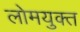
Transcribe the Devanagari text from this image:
लोमयुक्त